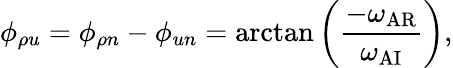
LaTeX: \phi_{\rho u}=\phi_{\rho n}-\phi_{un}=\arctan\left(\frac{-\omega_{\mathrm{AR}}}{\omega_{\mathrm{AI}}}\right),